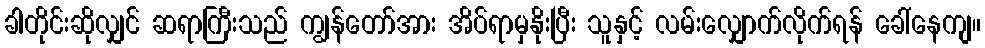
ခါတိုင်းဆိုလျှင် ဆရာကြီးသည် ကျွန်တော်အား အိပ်ရာမှနိုးပြီး သူနှင့် လမ်းလျှောက်လိုက်ရန် ခေါ်နေကျ။